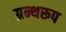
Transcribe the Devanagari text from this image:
ग्रन्थरूप